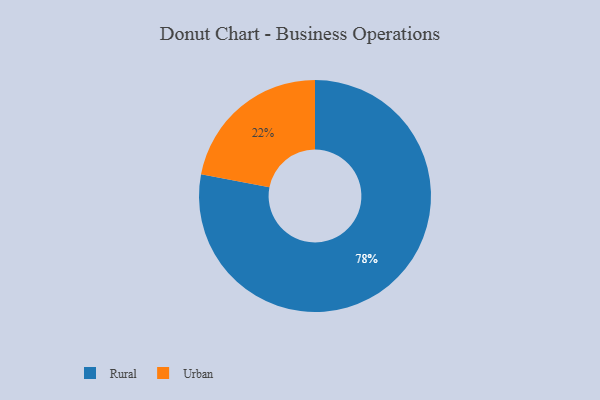
{"axis": {"x": "Category", "y": "Percentage"}, "legend": ["Rural", "Urban"], "data": [{"x": "Rural", "y": 78, "type": "Rural"}, {"x": "Urban", "y": 22, "type": "Urban"}]}